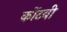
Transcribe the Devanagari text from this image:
कोंटबी